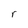
Character: r